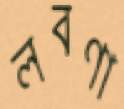
লবণা